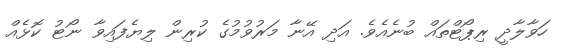
ހަވާލާދީ ރިޕޯޓްތައް ބުނެއެވެ. އަދި އޭނާ މަރުވުމުގެ ކުރިން ލިޔެފައިވާ ނޯޓު ކޮޅެއް